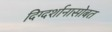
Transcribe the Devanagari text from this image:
दिग्दर्शानासोबत